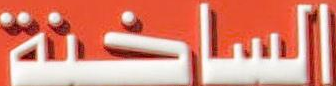
الساخنة